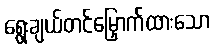
ရွေးချယ်တင်မြှောက်ထားသော